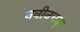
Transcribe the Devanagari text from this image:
नवीनचन्